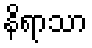
နိရာသာ